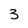
Character: 3